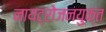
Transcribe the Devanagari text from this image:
नायट्रोजनयुक्त